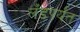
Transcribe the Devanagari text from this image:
लँडपर्यंत